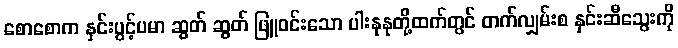
စောစောက နှင်းပွင့်ပမာ ဆွတ် ဆွတ် ဖြူဝင်းသော ပါးနုနုတို့ထက်တွင် တက်လျှမ်းစ နှင်းဆီသွေးကို